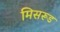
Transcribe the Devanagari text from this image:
मिसरूड